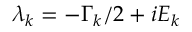
\lambda _ { k } = - \Gamma _ { k } / 2 + i E _ { k }